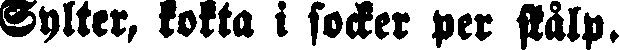
Sylter, kokta i socker per skålp.